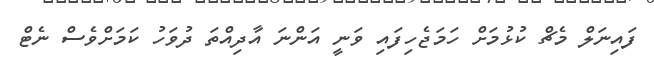
ފައިނަލް މެޗް ކުޅުމަށް ހަމަޖެހިފައި ވަނީ އަންނަ އާދިއްތަ ދުވަހު ކަމަށްވެސް ނެޓް